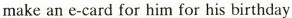
make an e-card for him for his birthday.